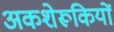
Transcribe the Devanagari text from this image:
अकशेरूकियों